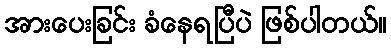
အားပေးခြင်း ခံနေရပြီပဲ ဖြစ်ပါတယ်။